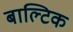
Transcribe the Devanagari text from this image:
बाल्‍टिक